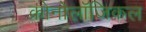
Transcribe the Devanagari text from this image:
क्रोनोलॉजिकल